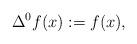
LaTeX: \begin{align*}\Delta^0 f(x) := f(x),\end{align*}